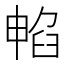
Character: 𭧁